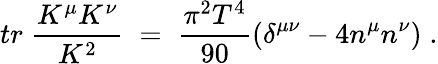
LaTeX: tr\; \frac{K^{\mu}K^{\nu}}{K^{2}}\; =\; \frac{\pi^{2}T^{4}}{90}\left(\delta^{\mu\nu}-4n^{\mu}n^{\nu}\right)\; .